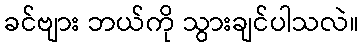
ခင်ဗျား ဘယ်ကို သွားချင်ပါသလဲ။